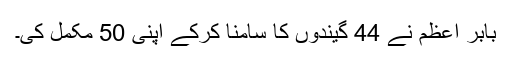
بابر اعظم نے 44 گیندوں کا سامنا کرکے اپنی 50 مکمل کی۔